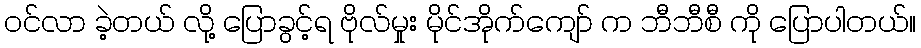
ဝင်လာ ခဲ့တယ် လို့ ပြောခွင့်ရ ဗိုလ်မှုး မိုင်အိုက်ကျော် က ဘီဘီစီ ကို ပြောပါတယ်။